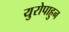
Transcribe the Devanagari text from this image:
युरोपाहुन